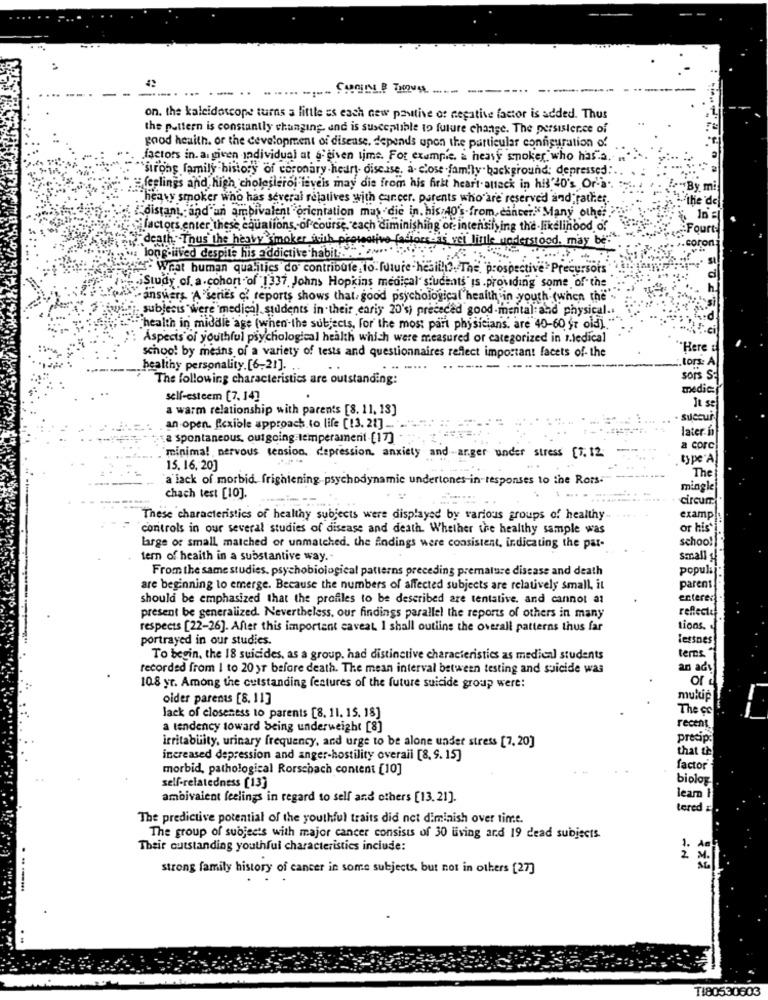
. ....
on. the kaleidoscope turns a little es each new pautive of negative factor is added. Thus
the pattern is constantly changing and is susceptible to future change. The persistence of
good health. or the development of disease, depends upon the particular configuration of
factors in. a given individual at a given time. For example. a heavy smoker who has".a.
'strong family history of coronary heart disease, a- close family . background: depressed.
E feelings and high cholesterol isveis may die from his first heart attack in his'40's Or-a ..
heavy smoker who has several relatives with cancer. parents who are reserved and; rather.
: de
distani, and an ambivalent "orientation muy die in. his:40's-from,cancer."" Many other
¡factors enter these equations-of course, each diminishing or- intensifying the likelihood of
Fourt
death: Thus'the heavy smoker with protective factors 's vel little understood, may be".
ron:
.: long-iived despite his addictive habit .......... ....
" Weat human qualities do contribute to. future -hesilli ?. The, "prospective > Precursors
Study of. a.cohort of 1337 Johns Hopkins medical students is .providing some of the
- answers. A series o? reports shows that, good psychological healthin youth (when the""
. subjects were medical students in their enriy 20's) prececed good mental and physical ..
"health in middle age (when-the subjects, for the most part physicians. are 40-60 57 old)."
Aspects of youthful psychological health which were measured or categorized in 1.ledical
school by means of a variety of tests and questionnaires reflect important facets of- the
"Here
tors: A
healthy personality.[6-21].
.....
The following characteristics are outstanding:
sors S-
medic:
self-esteem [7,14]
It se
a warm relationship with parents [8. 11, 13]
succur
an open. fexible approach to life [13. 21] ..
later-6
a spontaneous, outgoing-temperament [17]
a corc
minima! nervous tension. depression, anxiety and -arger under stress [7. 12
type"A
15. 16. 20]
The
a lack of morbid frightening psychodynamic undertones in responses to the Rots-
mingle
chach test [10].
circumr.
These characteristics of healthy subjects were displayed by various groups of healthy
examp
controls in our several studies of disease and death. Whether the healthy sample was
or his
schoo!
large or small matched or unmatched. the findings were consistent, indicating the par-
tern of heaith in a substantive way.
small
From the same studies, psychobiological patterns preceding premature disease and death
popula
are beginning to emerge. Because the numbers of affected subjects are relatively small, it
parent
should be emphasized that the profiles to be described are tentative, and cannot at
enterer
reflect
present be generalized. Nevertheless, our findings parallel the reports of others in many
respects [22-26]. After this important caveat I shall outline the overall patterns thus far
tions.
portrayed in our studies.
letsnes
To begin, the 18 suicides, as a group, had distinctive characteristics as medical students
temos."
recorded from I to 20 yr before death. The mean interval between testing and suicide was
an acı
ord
10.8 yr. Among the cutstanding features of the future suicide group were:
oider parents [8. 11]
multip
The co
lack of closeness to parents [8. 11. 15. 18]
a tendency toward Seing underweight [8]
recent
irritability, urinary frequency, and urge to be alone under stress [7, 20]
precip:
that th
increased depression and anger-hostility overall [8, 9. 15]
morbid, pathological Rorschach content [10]
factor
biolog
self-relatedness [13]
ambivalent feelings in regard to self and others [13.21].
learn i
tered
The predictive potential of the youthful traits did not diminish over time.
The group of subjects with major cancer consists of 30 uving and 19 dead subjects.
Their outstanding youthful characteristics inciude:
1.
2 M.
strong family history of cancer in some subjects, but not in others [27]
TI80530603